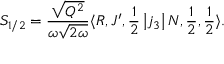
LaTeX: S _ { 1 / 2 } = \frac { \sqrt { Q ^ { 2 } } } { \omega \sqrt { 2 \omega } } \langle R , J ^ { \prime } , \frac { 1 } { 2 } \left| j _ { 3 } \right| N , \frac { 1 } { 2 } , \frac { 1 } { 2 } \rangle .